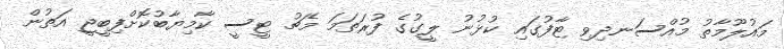
މައުލޫމާތު މުއްސަނދިވި ޓާފުގައި ކުޅުނު ލީގުގެ ފުރަތަމަ މެޗު ޓީސީ ކާމިޔާބުކޮށްފިބީޖީ އަތުން